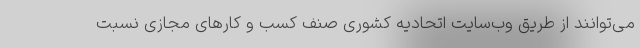
می‌توانند از طریق وب‌سایت اتحادیه کشوری صنف کسب و کارهای مجازی نسبت